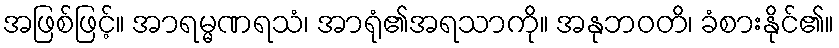
အဖြစ်ဖြင့်။ အာရမ္မဏရသံ၊ အာရုံ၏အရသာကို။ အနုဘဝတိ၊ ခံစားနိုင်၏။